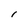
Character: l